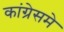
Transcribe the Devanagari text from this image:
कांग्रेसमे